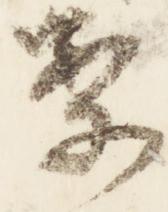
案